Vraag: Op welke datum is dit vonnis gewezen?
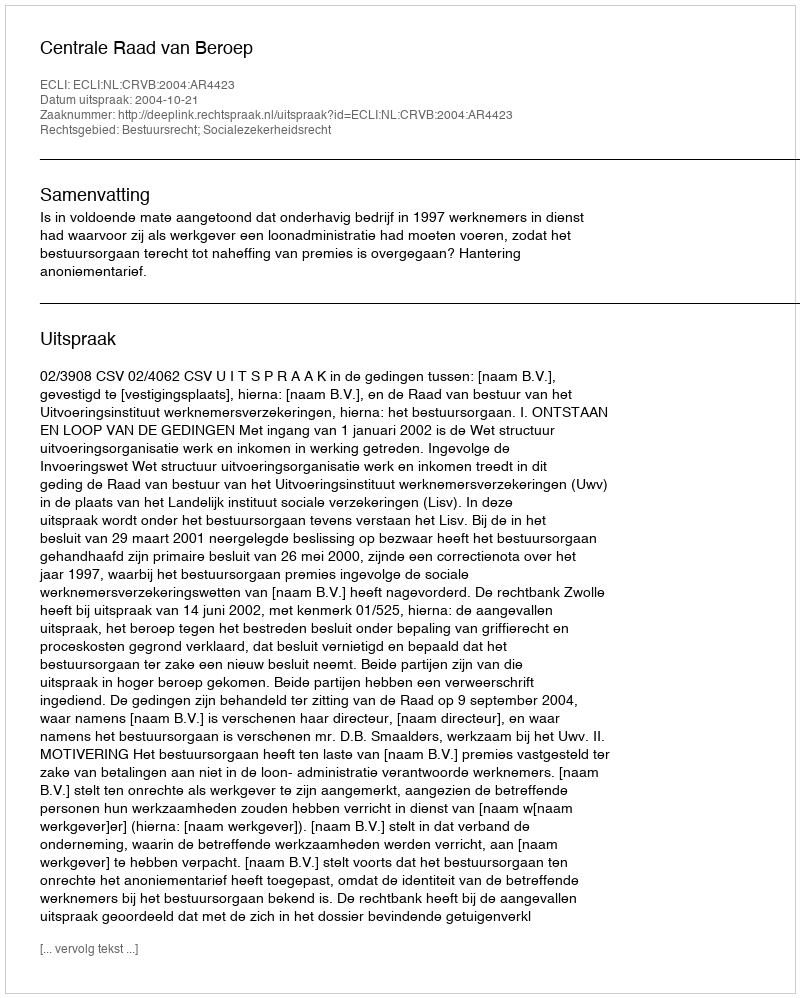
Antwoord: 2004-10-21